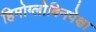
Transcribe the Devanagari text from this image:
हिमोग्लोबिनपेक्षा